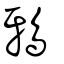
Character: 鴉